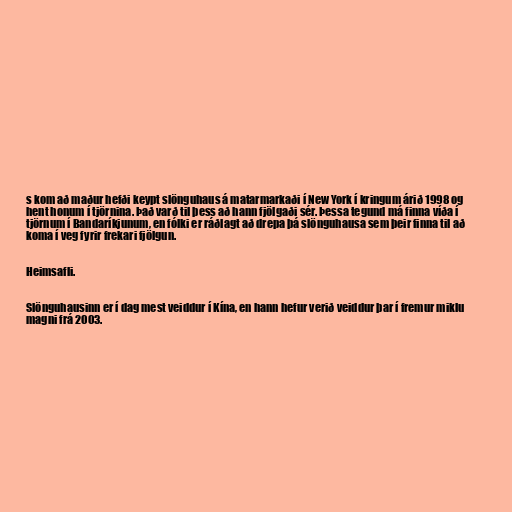
s kom að maður hefði keypt slönguhaus á matarmarkaði í New York í kringum árið 1998 og
hent honum í tjörnina. Það varð til þess að hann fjölgaði sér. Þessa tegund má finna víða í
tjörnum í Bandaríkjunum, en fólki er ráðlagt að drepa þá slönguhausa sem þeir finna til að
koma í veg fyrir frekari fjölgun.

Heimsafli.

Slönguhausinn er í dag mest veiddur í Kína, en hann hefur verið veiddur þar í fremur miklu
magni frá 2003.